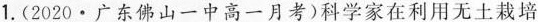
1.(2020·广东佛山一中高一月考)科学家在利用无土栽培